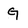
Character: G